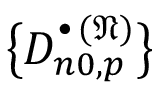
\bigl \{ D _ { n 0 , p } ^ { \bullet \, ( \mathfrak { N } ) } \bigr \}